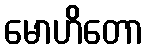
မောဟိတော